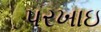
પરખાઇ